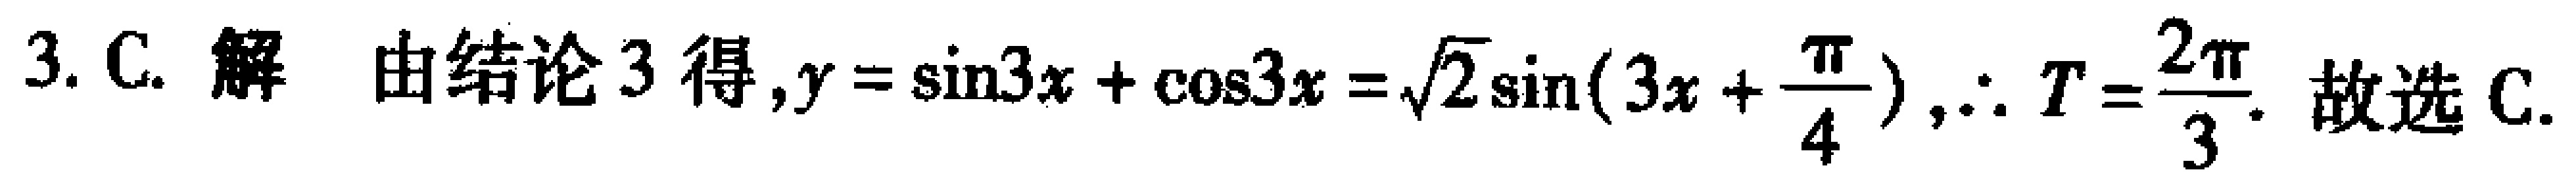
3. C. 解 由结论3得,$y = \sin3x+\cos3x=\sqrt{2}\sin(3x + \frac{\pi}{4}),\therefore T=\frac{2\pi}{3}$. 故选C.